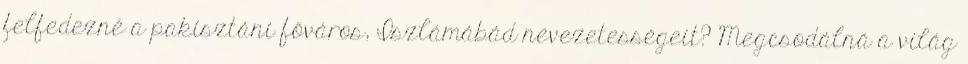
felfedezné a pakisztáni főváros, Iszlámábád nevezetességeit? Megcsodálná a világ